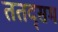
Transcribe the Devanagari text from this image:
ततद्सम